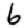
Digit: 6